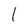
Character: l